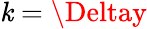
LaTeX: \mathit{k}=\Deltay